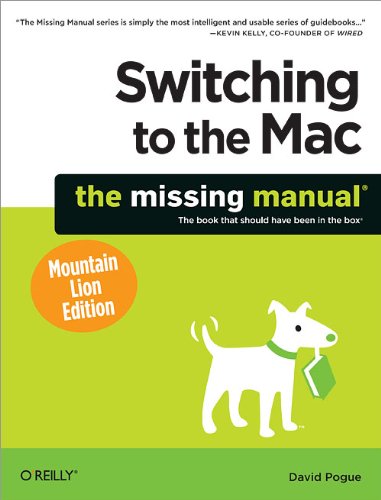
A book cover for Switching to the Mac: The Missing Manual, Mountain Lion Edition (Missing Manuals); David Pogue; Computers & Technology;